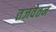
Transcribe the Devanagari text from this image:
तजवेतन